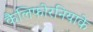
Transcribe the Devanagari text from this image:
कैलिफोरनियाके